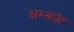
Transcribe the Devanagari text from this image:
अम्कोर